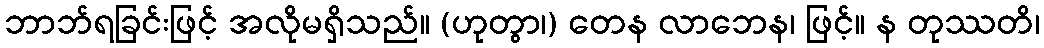
ဘာဘ်ရခြင်းဖြင့် အလိုမရှိသည်။ (ဟုတွာ၊) တေန လာဘေန၊ ဖြင့်။ န တုဿတိ၊